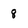
Character: 8